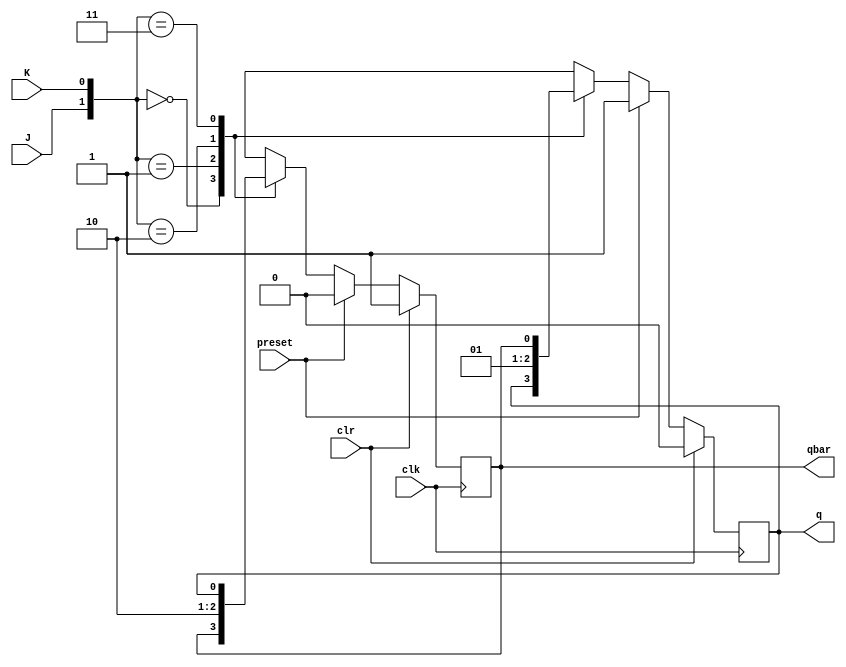
`timescale 1ns / 1ps
`timescale 1ns / 1ps
module SRFF(clk,J,K,preset,clr,q,qbar);
input clk,J,K,clr,preset;
output reg q,qbar;

always @(posedge clk)
if(clr==1'b1)
begin q<=0 ; qbar<=1; end
else if (preset==1'b1)
begin q<=1;qbar<=0; end
else
    case({J,K})
 2'b00: begin q<=q; qbar<=qbar; end
2'b01: begin q<=1'b0; qbar<=1'b1; end
2'b10: begin q<=1'b1; qbar<=1'b0; end
2'b11: begin q<=qbar; qbar<=q; end
default : {q,qbar}<= 2'bxx;
endcase
endmodule